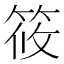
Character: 筱